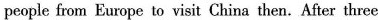
people from Europe to visit China then.After three